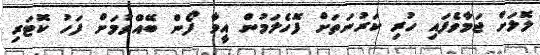
ލޮލަށް ޖަމާވެފައި ހުރި ކަރުނަތަށް ފޮހެލަމުން އީވާ ފޯން ބޭއްވުމަށް ފަހު ކޮޓަރި